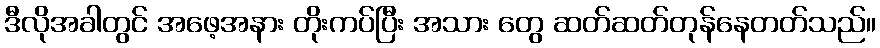
ဒီလိုအခါတွင် အဖေ့အနား တိုးကပ်ပြီး အသား တွေ ဆတ်ဆတ်တုန်နေတတ်သည်။